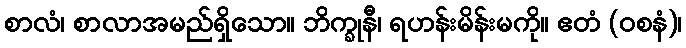
စာလံ၊ စာလာအမည်ရှိသော။ ဘိက္ခုနီ၊ ရဟန်းမိန်းမကို။ ဧတံ (ဝစနံ)၊